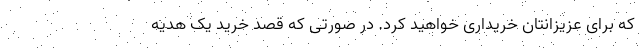
که برای عزیزانتان خریداری خواهید کرد. در صورتی که قصد خرید یک هدیه